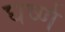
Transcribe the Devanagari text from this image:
घर्ष्ण